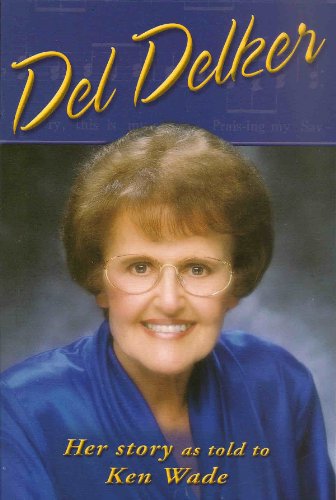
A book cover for Del Delker: Her Story; Del Delker; Christian Books & Bibles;